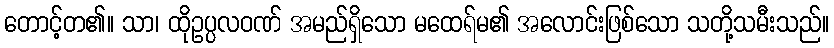
တောင့်တ၏။ သာ၊ ထိုဥပ္ပလဝဏ် အမည်ရှိသော မထေရ်မ၏ အလောင်းဖြစ်သော သတို့သမီးသည်။